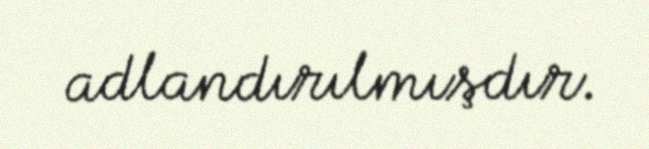
adlandırılmışdır.